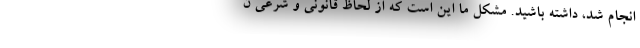
انجام شد، داشته باشید. مشکل ما این است که از لحاظ قانونی و شرعی ن